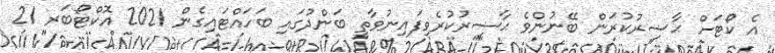
އެ ކޯޓަށް ޙާޟިރުކުރަން ބޭނުންވެ ޙާޟިރުކުރެވިފައިނުވާތީ ބަންދުގައި ބަހައްޓައިގެން 2021 އޮކްޓޯބަރ 21